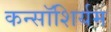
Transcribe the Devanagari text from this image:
कन्सॉशिर्यम